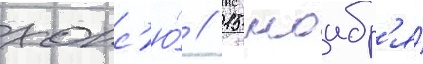
хонс'ю́ // 15 ноабр'я́